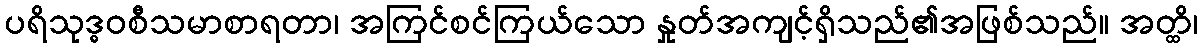
ပရိသုဒ္ဓဝစီသမာစာရတာ၊ အကြင်စင်ကြယ်သော နှုတ်အကျင့်ရှိသည်၏အဖြစ်သည်။ အတ္ထိ၊